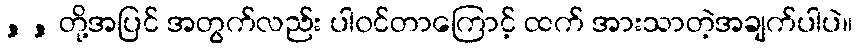
, , တို့အပြင် အတွက်လည်း ပါ၀င်တာကြောင့် ထက် အားသာတဲ့အချက်ပါပဲ။